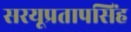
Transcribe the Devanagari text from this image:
सरयूप्रतापसिंह